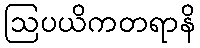
ဩပယိကတရာနိ